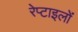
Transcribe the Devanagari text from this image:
रेप्टाइलों